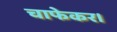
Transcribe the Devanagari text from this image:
चाफेकर।